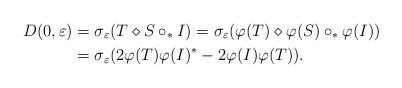
LaTeX: \begin{align*}D(0, \varepsilon)&= \sigma_{\varepsilon}(T\diamond S\circ_{\ast} I)=\sigma_{\varepsilon}(\varphi(T)\diamond \varphi(S)\circ_{\ast} \varphi(I))\\&=\sigma_{\varepsilon}(2\varphi(T)\varphi(I)^{\ast}-2\varphi(I)\varphi(T)).\end{align*}